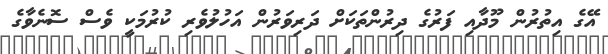
އޭގެ އިތުރުން މޫދާއި ފަރުގެ ދިރުންތަކަށް ދަރިވަރުން އަހުލުވެރި ކުރުމަކީ ވެސް ސޮނެވާގެ